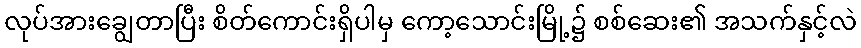
လုပ်အားချွေတာပြီး စိတ်ကောင်းရှိပါမှ ကော့သောင်းမြို့၌ စစ်ဆေး၏ အသက်နှင့်လဲ